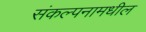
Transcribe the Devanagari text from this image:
संकल्पनामधील